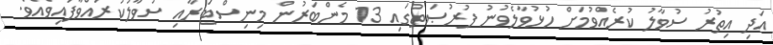
އަދި އިތުރު ސުވާލު ކުރެއްވުމަށް ހުޅުވާލެވުނު ފުރުޞަތުގައި 13 މެންބަރުން މިނިސްޓަރާއި ސުވާލުކުރައްވާފައިވެއެވެ.